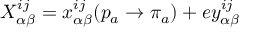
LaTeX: X _ { \alpha \beta } ^ { i j } = x _ { \alpha \beta } ^ { i j } ( p _ { a } \rightarrow \pi _ { a } ) + e y _ { \alpha \beta } ^ { i j }